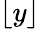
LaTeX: \lfloor y\rfloor